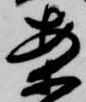
案